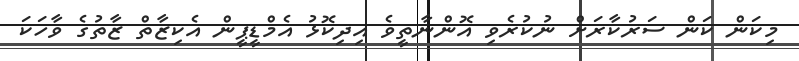
މިކަން ކަން ސަރުކާރަށް ނުކުރެވި އޮންނާތީވެ އިދިކޮޅު އެމްޑީޕީން އެކިޒާތް ޒާތުގެ ވާހަކަ